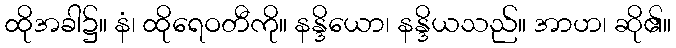
ထိုအခါ၌။ နံ၊ ထိုရေဝတီကို။ နန္ဒိယော၊ နန္ဒိယသည်။ အာဟ၊ ဆို၏။